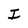
Character: I